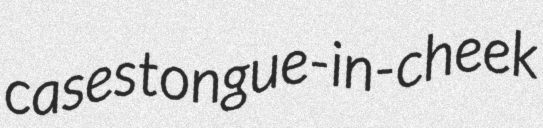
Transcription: cases tongue-in-cheek